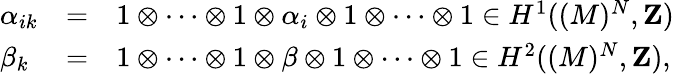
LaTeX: \begin{array}{lll}{{\alpha_{ik}}}&{{=}}&{{1\otimes\cdots\otimes 1\otimes\alpha_{i}\otimes 1\otimes\cdots\otimes 1\in H^{1}((M)^{N},{\mathbf{Z}})}}\\ {{\beta_{k}}}&{{=}}&{{1\otimes\cdots\otimes 1\otimes\beta\otimes 1\otimes\cdots\otimes 1\in H^{2}((M)^{N},{\mathbf{Z}}),}}\end{array}